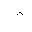
Letter: _dal